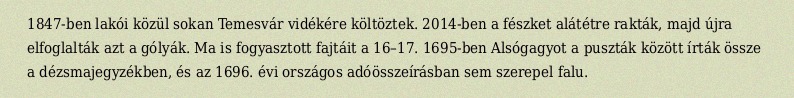
1847-ben lakói közül sokan Temesvár vidékére költöztek. 2014-ben a fészket alátétre rakták, majd újra elfoglalták azt a gólyák. Ma is fogyasztott fajtáit a 16–17. 1695-ben Alsógagyot a puszták között írták össze a dézsmajegyzékben, és az 1696. évi országos adóösszeírásban sem szerepel falu.